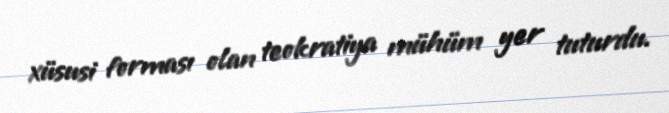
xüsusi forması olan teokratiya mühüm yer tuturdu.